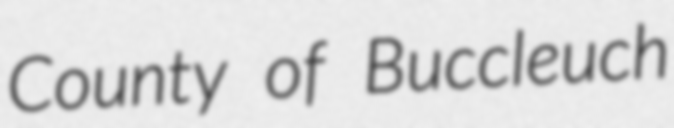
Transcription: County of Buccleuch